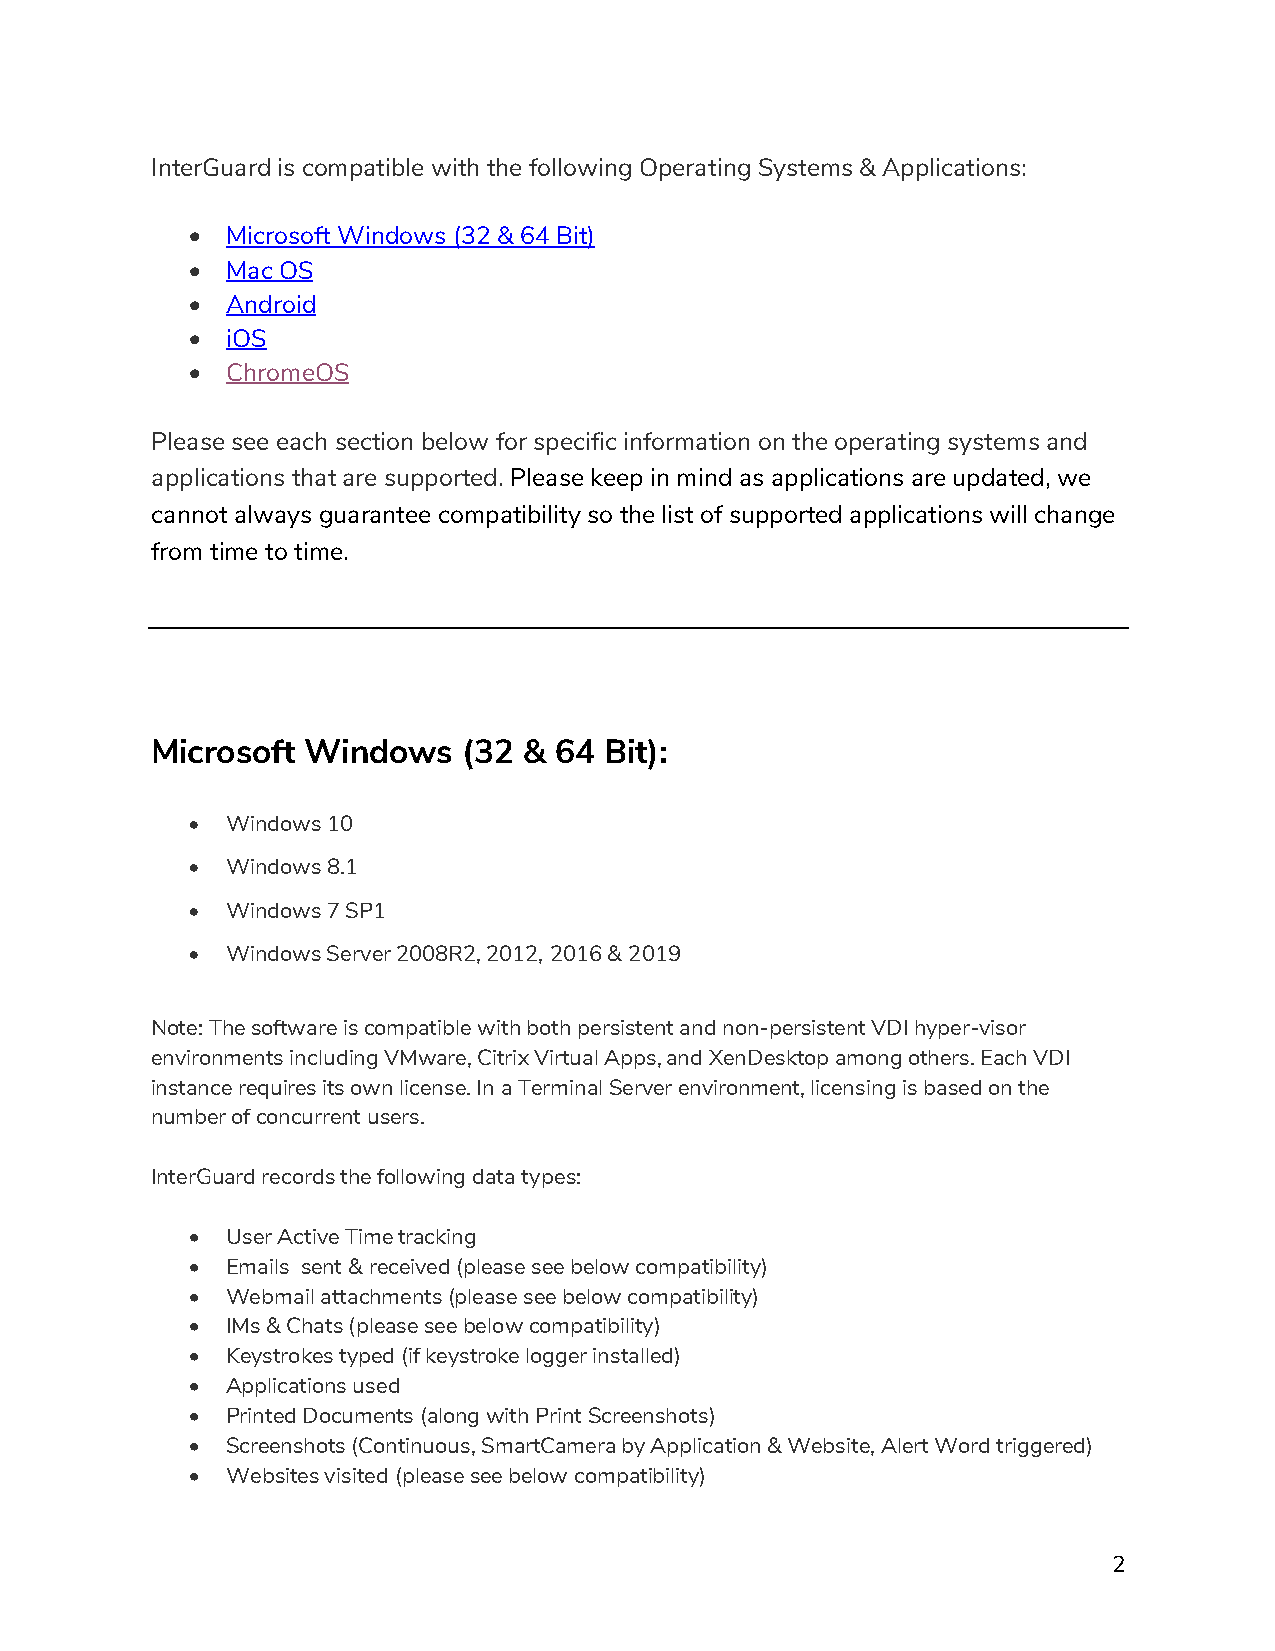
InterGuard is compatible with the following Operating Systems & Applications:
 •  Microsoft Windows (32 & 64 Bit)
 •  Mac OS
 •  Android
 •  iOS
 •  ChromeOS
 Please see each section below for specific information on the operating systems and
 applications that are supported. Please keep in mind as applications are updated, we
 cannot always guarantee compatibility so the list of supported applications will change
 from time to time.
 Microsoft Windows    (32 & 64 Bit):
 •  Windows 10
 •  Windows 8.1
 •  Windows 7 SP1
 •  Windows Server 2008R2, 2012, 2016 & 2019
 Note: The software is compatible with both persistent and non-persistent VDI hyper-visor
 environments including VMware, Citrix Virtual Apps, and XenDesktop among others. Each VDI
 instance requires its own license. In a Terminal Server environment, licensing is based on the
 number of concurrent users.
 InterGuard records the following data types:
 •  User Active Time tracking
 •  Emails sent & received (please see below compatibility)
 •  Webmail attachments (please see below compatibility)
 •  IMs & Chats (please see below compatibility)
 •  Keystrokes typed (if keystroke logger installed)
 •  Applications used
 •  Printed Documents (along with Print Screenshots)
 •  Screenshots (Continuous, SmartCamera by Application & Website, Alert Word triggered)
 •  Websites visited (please see below compatibility)
 2